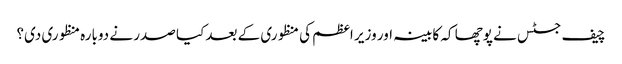
چیف جسٹس نے پوچھا کہ کابینہ اور وزیر اعظم کی منظوری کے بعد کیا صدر نے دوبارہ منظوری دی؟